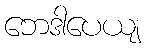
ဘေဒါပေယျ